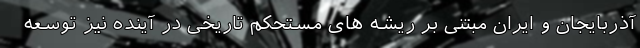
آذربایجان و ایران مبتنی بر ریشه های مستحکم تاریخی در آینده نیز توسعه